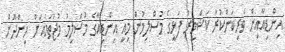
އިންޑިއާއިން ވެރިކަންކުރާ ކަޝްމީރު ފަޅީގެ މުސްލިމުން މިއީ އިންޑިއާގެ މުސްލިމު މުޖުތަމައަށް ހިންދޫން